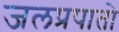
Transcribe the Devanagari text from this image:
जलप्रपातो